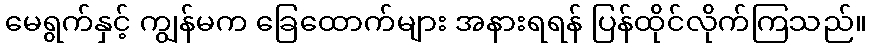
မေရွက်နှင့် ကျွန်မက ခြေထောက်များ အနားရရန် ပြန်ထိုင်လိုက်ကြသည်။